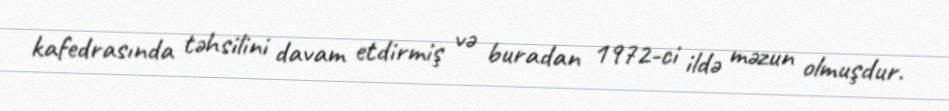
kafedrasında təhsilini davam etdirmiş və buradan 1972-ci ildə məzun olmuşdur.